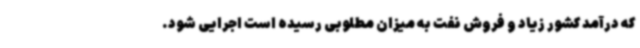
که درآمد کشور زیاد و فروش نفت به میزان مطلوبی رسیده است اجرایی شود.